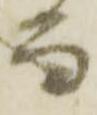
而